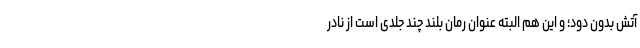
آتش بدون دود؛ و این هم البته عنوان رُمان بلند چند جلدی است از نادر